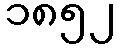
၁၈၅၂